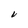
Character: L